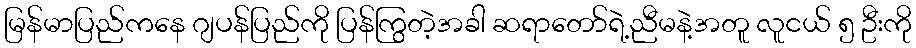
မြန်မာပြည်ကနေ ဂျပန်ပြည်ကို ပြန်ကြွတဲ့အခါ ဆရာတော်ရဲ့ညီမနဲ့အတူ လူငယ် ၅ ဦးကို